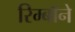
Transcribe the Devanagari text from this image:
रिम्बॉने